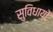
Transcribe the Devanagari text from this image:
सुविधायों